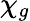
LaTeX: \chi_{g}